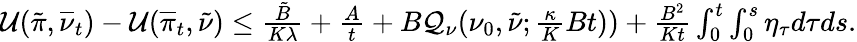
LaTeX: \begin{array}{r}{\mathcal{U}(\tilde{\pi},\overline{{\nu}}_{t})-\mathcal{U}(\overline{{\pi}}_{t},\tilde{\nu})\leq\frac{\tilde{B}}{K\lambda}+\frac{A}{t}+B\mathcal Q_{\nu}(\nu_{0},\tilde{\nu};\frac{\kappa}{K}Bt))+\frac{B^{2}}{Kt}\int_{0}^{t}\int_{0}^{s}\eta_{\tau}d\tau ds.}\end{array}